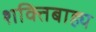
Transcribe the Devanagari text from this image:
शक्तिबाह्य